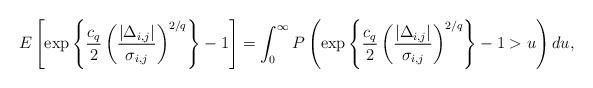
LaTeX: \begin{align*}E\left[\exp\left\{\frac{c_q}{2}\left(\frac{|\Delta_{i,j}|}{\sigma_{i,j}}\right)^{2/q}\right\}-1\right]=\int_0^\infty P\left(\exp\left\{\frac{c_q}{2}\left(\frac{|\Delta_{i,j}|}{\sigma_{i,j}}\right)^{2/q}\right\}-1>u\right)du,\end{align*}